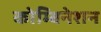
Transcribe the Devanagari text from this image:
कोम्बिनेशन